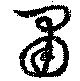
粛